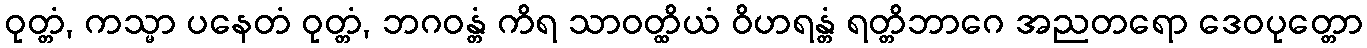
ဝုတ္တံ, ကသ္မာ ပနေတံ ဝုတ္တံ, ဘဂဝန္တံ ကိရ သာဝတ္ထိယံ ဝိဟရန္တံ ရတ္တိဘာဂေ အညတရော ဒေဝပုတ္တော